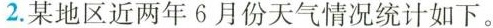
2.某地区近两年6月份天气情况统计如下。